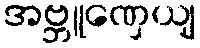
အဗ္ဘူဏှေယျ